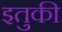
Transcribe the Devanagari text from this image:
इतुकी